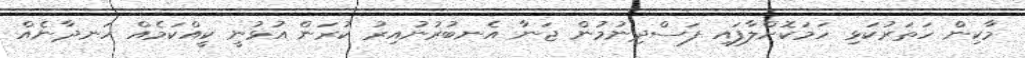
މާކިން ހަތަރުކަޅި ހަމަކޮށްލާފައި ފަސްދިނުމުން ޖަނާ އެނބުރުނުއިރު ކުރަން އުޅުނީ ކީއްކަމެއް ހަނދާނެއް